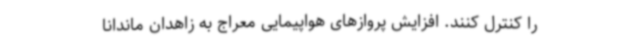
را کنترل کنند. افزایش پروازهای هواپیمایی معراج به زاهدان ماندانا